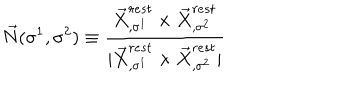
LaTeX: \vec { N } ( \sigma ^ { 1 } , \sigma ^ { 2 } ) \equiv \frac { \vec { X } _ { , \sigma ^ { 1 } } ^ { r e s t } \times \vec { X } _ { , \sigma ^ { 2 } } ^ { r e s t } } { | \vec { X } _ { , \sigma ^ { 1 } } ^ { r e s t } \times \vec { X } _ { , \sigma ^ { 2 } } ^ { r e s t } | }